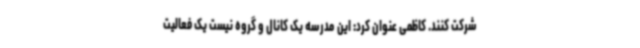
شرکت کنند. کاظمی عنوان کرد: این مدرسه یک کانال و گروه نیست یک فعالیت